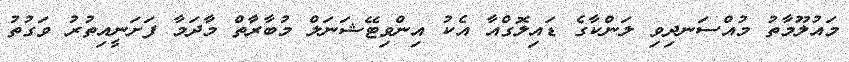
މައުލޫމާތު މުއްސަނދިވި ލަންކާގެ ޑައިލޮގްއާ އެކު އިންވިޓޭޝަނަލް މުބާރާތް މާދަމާ ފަށަނީއިތުރު ވަގުތު